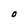
Character: O